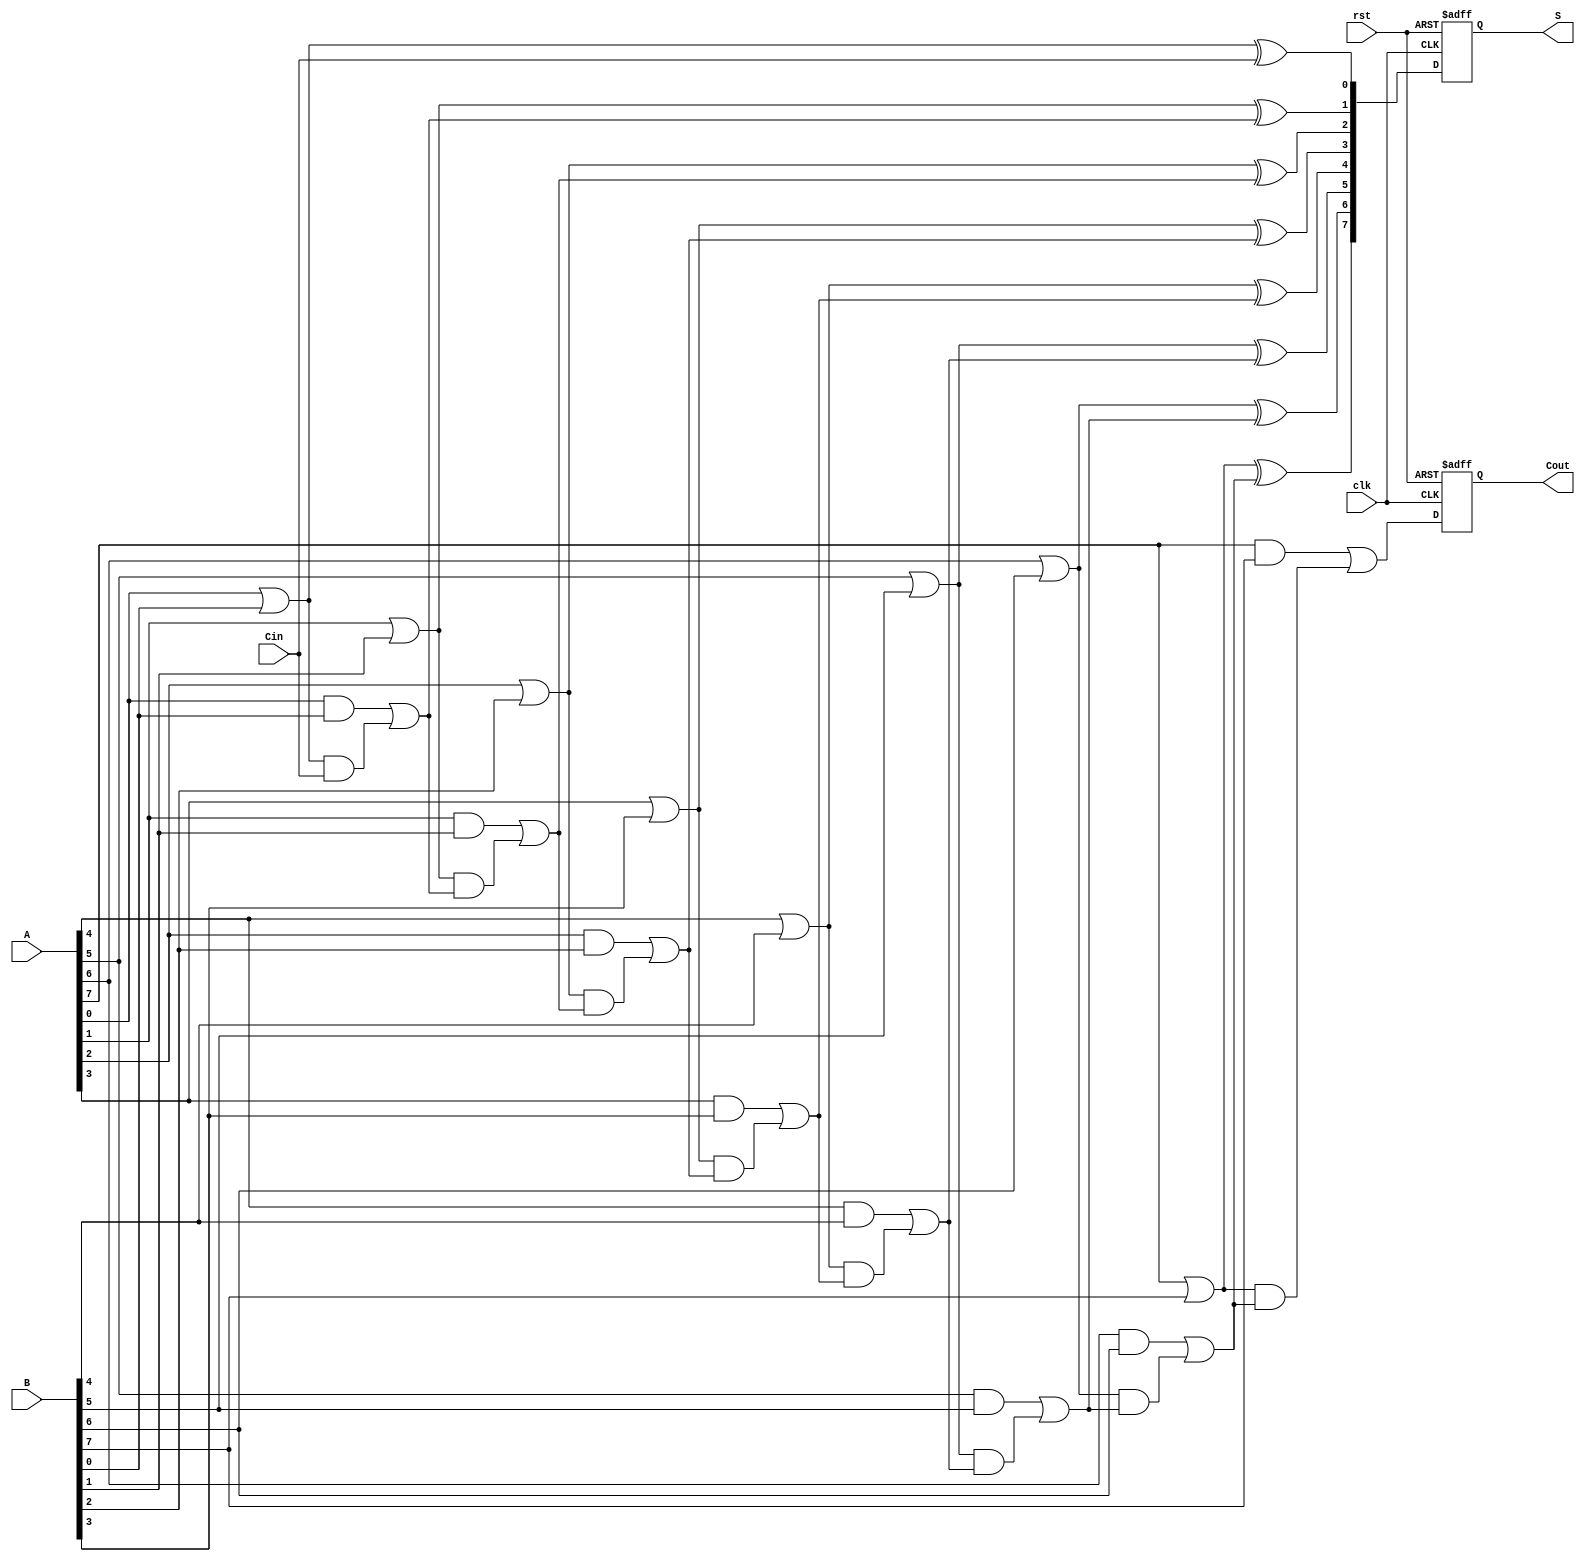
module pipelined_cla #(
    parameter N = 8 // Width of the adder
)(
    input wire clk,
    input wire rst,
    input wire [N-1:0] A,
    input wire [N-1:0] B,
    input wire Cin,
    output reg [N-1:0] S,
    output reg Cout
);

    // Intermediate signals for carry lookahead logic
    wire [N-1:0] G; // Generate signals
    wire [N-1:0] P; // Propagate signals
    wire [N:0] C;   // Carry signals

    // Stage registers
    reg [N-1:0] A_reg, B_reg;
    reg Cin_reg;
    reg [N:0] C_reg; // Register for carry signals
    reg [N-1:0] S_reg; // Register for sum output

    // Generate and Propagate calculations
    genvar i;
    generate
        for (i = 0; i < N; i = i + 1) begin : gen_prop
            assign G[i] = A[i] & B[i]; // Generate
            assign P[i] = A[i] | B[i]; // Propagate
        end
    endgenerate

    // Carry calculations
    assign C[0] = Cin;
    generate
        for (i = 1; i <= N; i = i + 1) begin : carry_calc
            assign C[i] = G[i-1] | (P[i-1] & C[i-1]);
        end
    endgenerate

    // Sum calculation
    generate
        for (i = 0; i < N; i = i + 1) begin : sum_calc
            assign S_reg[i] = P[i] ^ C[i]; // Sum
        end
    endgenerate

    // Pipelining stages
    always @(posedge clk or posedge rst) begin
        if (rst) begin
            A_reg <= 0;
            B_reg <= 0;
            Cin_reg <= 0;
            C_reg <= 0;
            S <= 0;
            Cout <= 0;
        end else begin
            // Stage 1: Register inputs
            A_reg <= A;
            B_reg <= B;
            Cin_reg <= Cin;

            // Stage 2: Compute carry and sum
            C_reg <= C; // Store carry signals
            S <= S_reg; // Store sum output
            Cout <= C[N]; // Final carry out
        end
    end

endmodule